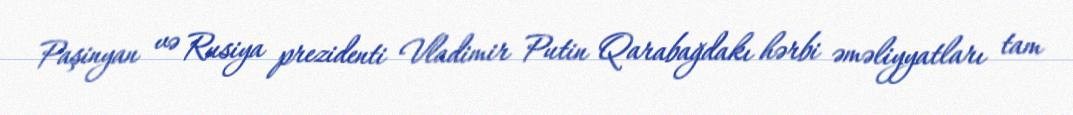
Paşinyan və Rusiya prezidenti Vladimir Putin Qarabağdakı hərbi əməliyyatları tam